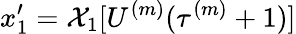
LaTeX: x_{1}^{\prime}=\mathcal{X}_{1}[U^{(m)}(\tau^{(m)}+1)]